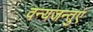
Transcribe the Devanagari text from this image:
वन्यजन्तुएं